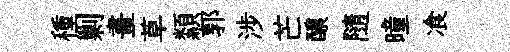
種剿畫草纇郭涉芒醲隨曈飡